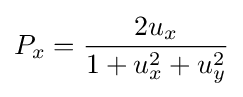
P_{x}={2u_{x} \over 1+u_{x}^{2}+u_{y}^{2}}